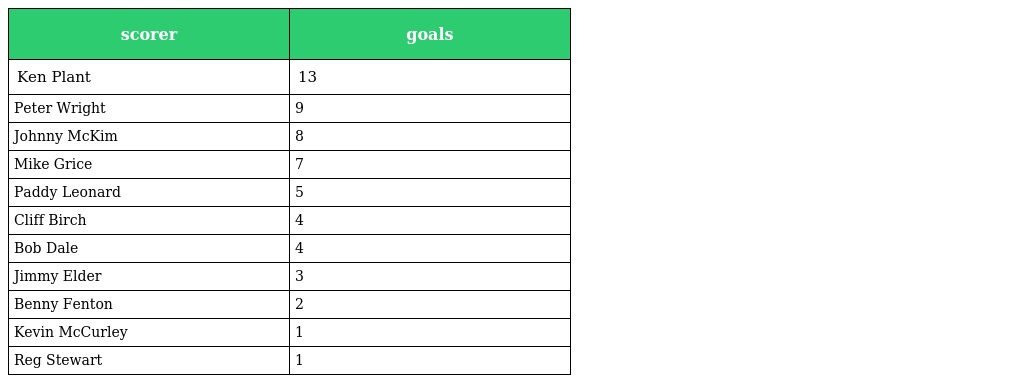
| scorer | goals |
 | --- | --- |
 | Ken Plant | 13 |
 | Peter Wright | 9 |
 | Johnny McKim | 8 |
 | Mike Grice | 7 |
 | Paddy Leonard | 5 |
 | Cliff Birch | 4 |
 | Bob Dale | 4 |
 | Jimmy Elder | 3 |
 | Benny Fenton | 2 |
 | Kevin McCurley | 1 |
 | Reg Stewart | 1 |